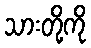
သားတို့ကို